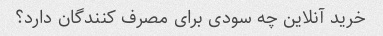
خرید آنلاین چه سودی برای مصرف کنندگان دارد؟